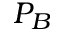
P _ { B }